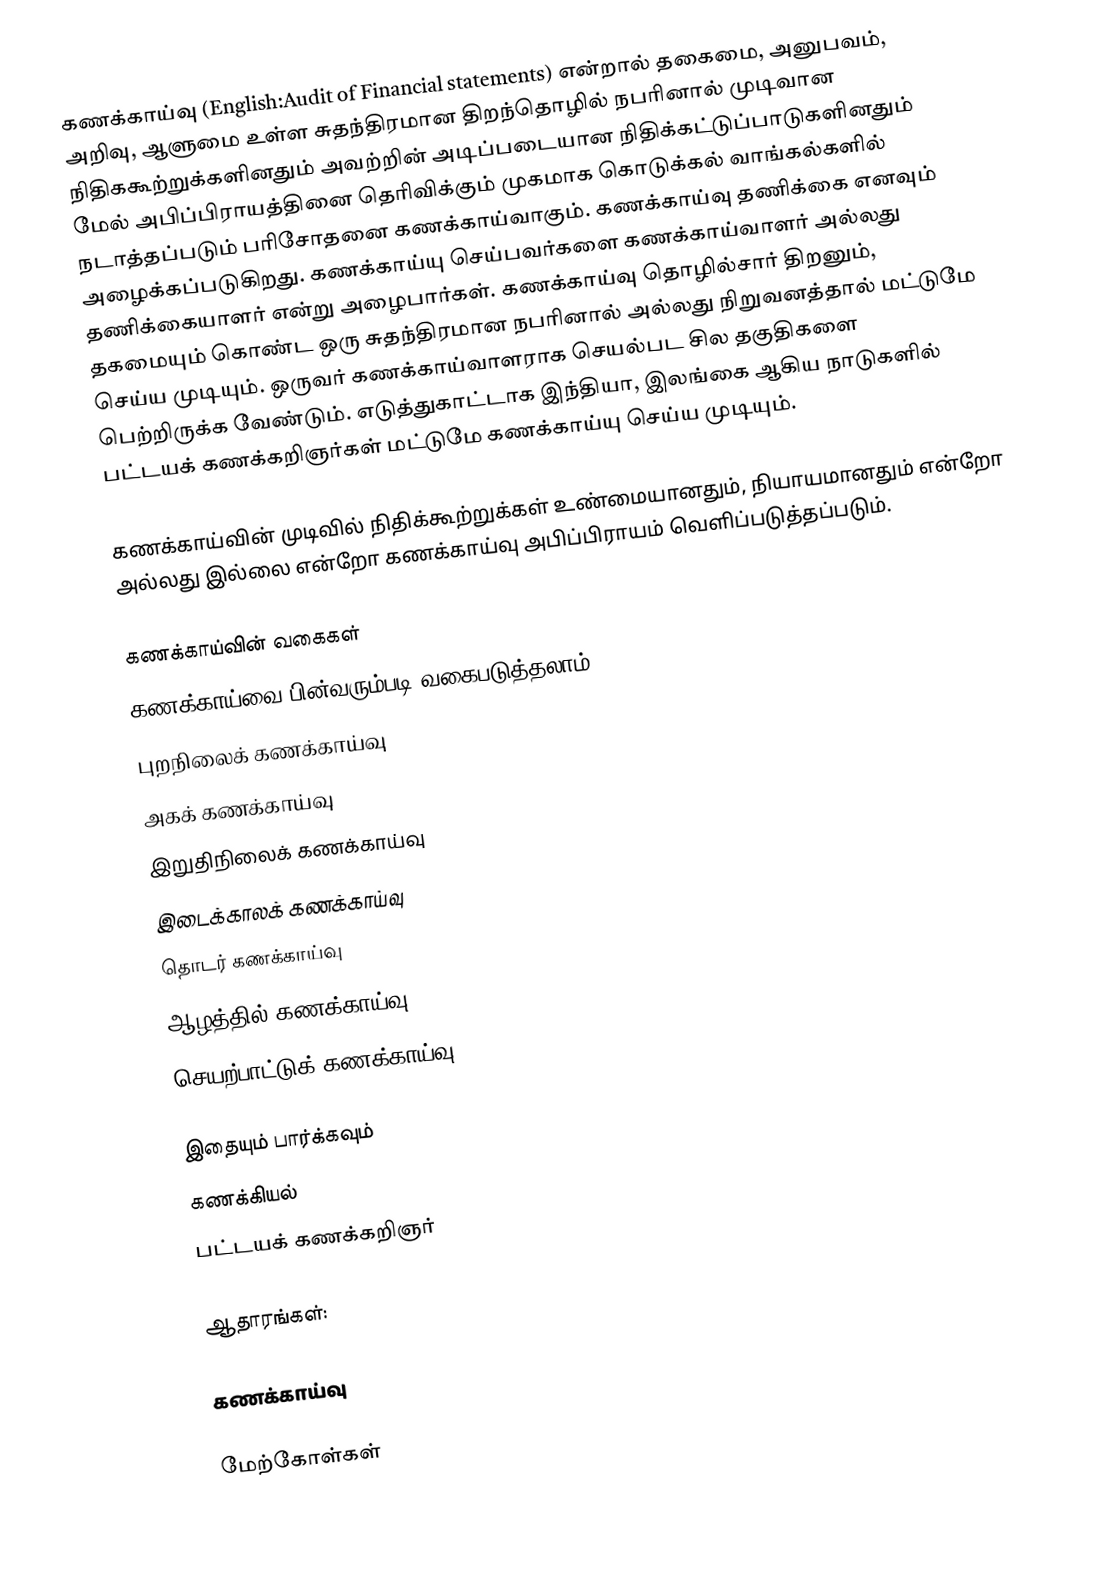
கணக்காய்வு (English:Audit of Financial statements) என்றால் தகைமை, அனுபவம், அறிவு, ஆளுமை உள்ள சுதந்திரமான திறந்தொழில் நபரினால் முடிவான நிதிககூற்றுக்களினதும் அவற்றின் அடிப்படையான நிதிக்கட்டுப்பாடுகளினதும் மேல் அபிப்பிராயத்தினை தெரிவிக்கும் முகமாக கொடுக்கல் வாங்கல்களில் நடாத்தப்படும் பரிசோதனை கணக்காய்வாகும். கணக்காய்வு தணிக்கை எனவும் அழைக்கப்படுகிறது. கணக்காய்யு செய்பவர்களை கணக்காய்வாளர் அல்லது தணிக்கையாளர் என்று அழைபார்கள். கணக்காய்வு தொழில்சார் திறனும், தகமையும் கொண்ட ஒரு சுதந்திரமான நபரினால் அல்லது நிறுவனத்தால் மட்டுமே செய்ய முடியும். ஒருவர் கணக்காய்வாளராக செயல்பட சில தகுதிகளை பெற்றிருக்க வேண்டும். எடுத்துகாட்டாக இந்தியா, இலங்கை ஆகிய நாடுகளில்  பட்டயக் கணக்கறிஞர்கள் மட்டுமே கணக்காய்யு செய்ய முடியும்.

கணக்காய்வின் முடிவில் நிதிக்கூற்றுக்கள் உண்மையானதும், நியாயமானதும் என்றோ அல்லது இல்லை என்றோ கணக்காய்வு அபிப்பிராயம் வெளிப்படுத்தப்படும்.

கணக்காய்வின் வகைகள்
கணக்காய்வை பின்வரும்படி வகைபடுத்தலாம்:
 புறநிலைக் கணக்காய்வு
 அகக் கணக்காய்வு
 இறுதிநிலைக் கணக்காய்வு
 இடைக்காலக் கணக்காய்வு
 தொடர் கணக்காய்வு
 ஆழத்தில் கணக்காய்வு
 செயற்பாட்டுக் கணக்காய்வு

இதையும் பார்க்கவும்
கணக்கியல்
பட்டயக் கணக்கறிஞர்

ஆதாரங்கள்:

கணக்காய்வு

மேற்கோள்கள்